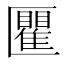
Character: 匷